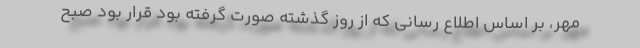
مهر، بر اساس اطلاع رسانی که از روز گذشته صورت گرفته بود قرار بود صبح